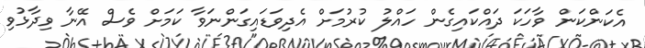
އެކަންކަން ވާހަކަ ދައްކައިގެން ހައްލު ކުރުމަށް އެދިވަޑައިގަންނަވާ ކަމަށް ވެސް އޭނާ ވިދާޅުވި